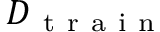
D _ { \mathrm { ~ t ~ r ~ a ~ i ~ n ~ } }